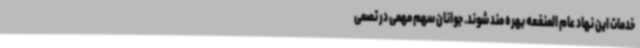
خدمات این نهاد عام المنفعه بهره مند شوند. جوانان سهم مهمی در تصمی